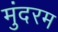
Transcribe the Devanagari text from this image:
मुंदरम